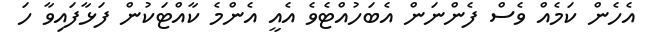
އެހެން ކަމެއް ވެސް ފެންނަން އެބަހުއްޓެވެ އެއީ އެންމެ ކާއްޓަކުން ފަޅާފައިވާ ހަ